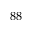
8 8